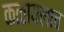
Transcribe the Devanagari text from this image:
कळायलाच